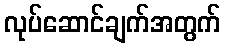
လုပ်ဆောင်ချက်အတွက်